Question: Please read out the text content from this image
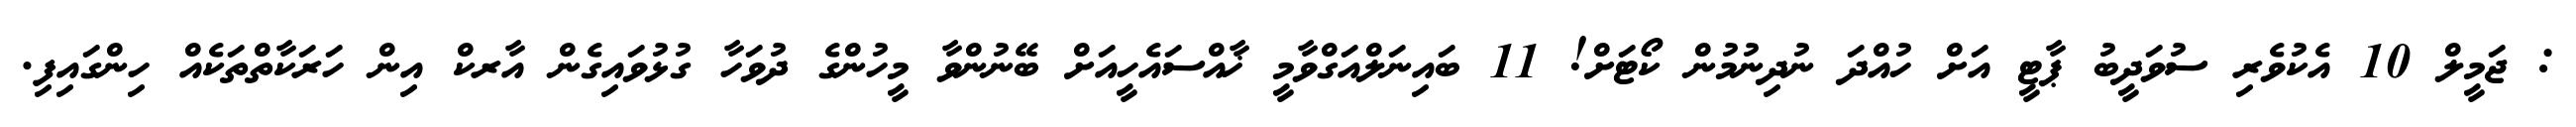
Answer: : ޖަމީލް 10 އެކުވެރި ސުވަދީބު ޕާޓީ އަށް ހުއްދަ ނުދިނުމުން ކޯޓަށް! 11 ބައިނަލްއަގްވާމީ ޚާއްސައެހީއަށް ބޭނުންވާ މީހުންގެ ދުވަހާ ގުޅުވައިގެން އާރކް އިން ހަރަކާތްތަކެއް ހިންގައިފި.